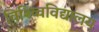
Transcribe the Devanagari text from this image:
विश्व्विविद्यालय